Civil Veterinary Dept. North-West Frontier Province 1901-22 - 1901-1922
Year: 1901
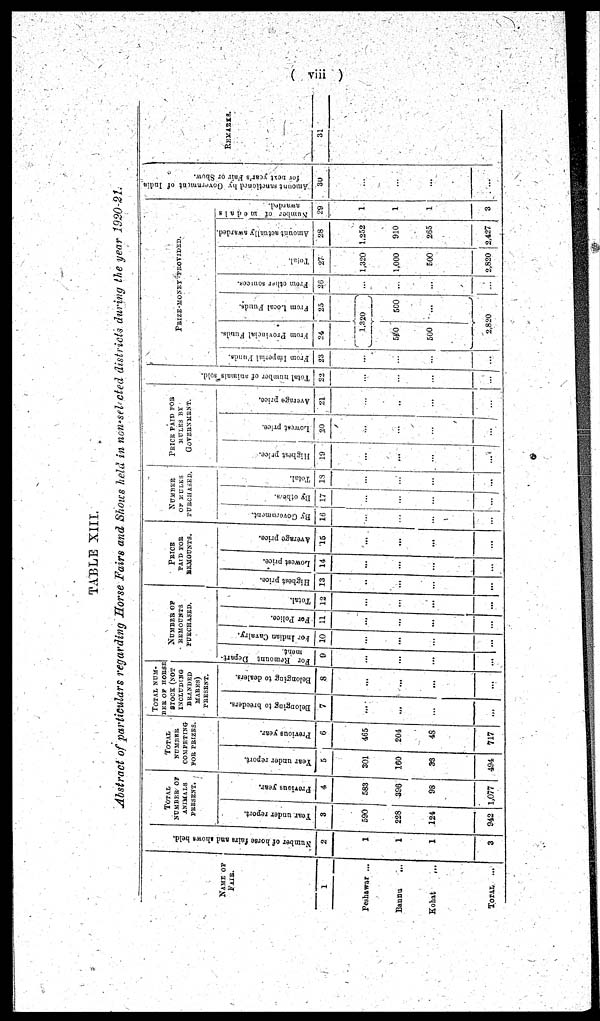
(viii)
TABLE XIII.
Abstract of particulars regarding Horse Fairs and Shows held in non-selected districts during the year 1920-21.
NAME OF
FAIR.
1
Peshawar ...
Bannu
...
Kohat ...
TOTAL ...
Number of horse fairs and shows held.
2
1
1
1
3
TOTAL
NUMBER OF
ANIMALS
PRESENT.
Year under report.
3
590
228
124
942
Previous year.
4
583
396
98
1,077
TOTAL
NUMBER
COMPETING
FOR PRIZES.
Year under report.
5
301
160
33
494
Previous year.
6
465
204
48
717
TOTALNUM-
BER OF HORSE
STOCK (NOT
INCLUDING
BRANDED
MARES)
PRESENT.
Belonging to breeders.
7
...
...
...
...
Belonging to dealers.
8
...
...
...
...
For
Remount Depart-
ment.
9
...
...
...
...
NUMBER OF
REMOUNTS
PURCHASED.
For
Indian Cavalry.
10
...
...
...
...
For Police.
11
...
...
...
...
Total.
12
...
...
...
...
Highest price.
13
...
...
...
...
PRICE
PAID FOR
REMOUNTS.
Lowest price.
14
...
...
...
...
Average price.
15
...
...
....
...
NUMBER
OF MULES
PURCHASED.
By Government.
16
...
...
...
...
By others.
17
...
...
...
...
Total.
13
...
...
...
...
PRICE PAID FOR
MULES BY
GOVERNMENT.
Highest price.
19
...
...
...
...
Lowest price.
20
...
...
...
...
Average price.
21
...
..
...
...
Total number of animals sold.
22
...
...
...
...
PRIZE-MONEY PROVIDED.
From Imperial Funds.
23
...
...
...
...
From Provincial Funds.
24
From Local Funds.
25
1,320
500
500
500
...
2,820
...
From other sources.
26
...
...
...
...
Total.
27
1,320
1,000
500
2,820
Amount actually awarded.
28
1,252
910
265
2,427
Number of medals
awarded.
29
1
1
1
3
Amount sanctioned by Government of India
for next year's Fair or Show.
30
...
...
...
...
REMARSK.
31